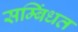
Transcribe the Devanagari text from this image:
सम्बिंधत